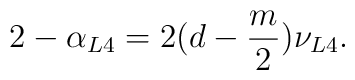
2 - \alpha_{L4} = 2 (d-\frac{m}{2})\nu_{L4} .